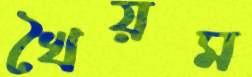
খৈয়ম